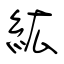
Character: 紘